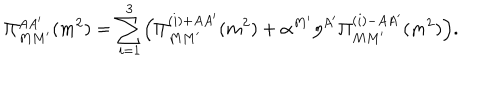
\Pi _ { M M ^ { \prime } } ^ { A A ^ { \prime } } ( m ^ { 2 } ) = \sum _ { i = 1 } ^ { 3 } \Bigl ( \Pi _ { M M ^ { \prime } } ^ { ( i ) + A A ^ { \prime } } ( m ^ { 2 } ) + \alpha ^ { M ^ { \prime } } \eta ^ { A ^ { \prime } } \Pi _ { M M ^ { \prime } } ^ { ( i ) - A A ^ { \prime } } ( m ^ { 2 } ) \Bigr ) .